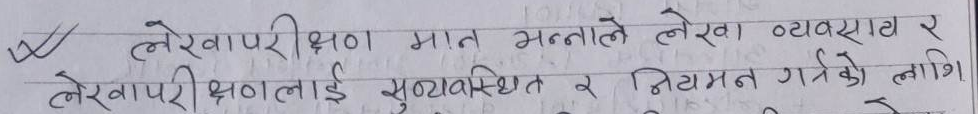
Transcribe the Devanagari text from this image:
लेखापरीक्षण मात्र भन्नाले लेखा व्यवसाय र
लेखापरीक्षणलाई सुव्यवस्थित र नियमन गर्नको लागि